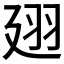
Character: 𢌟